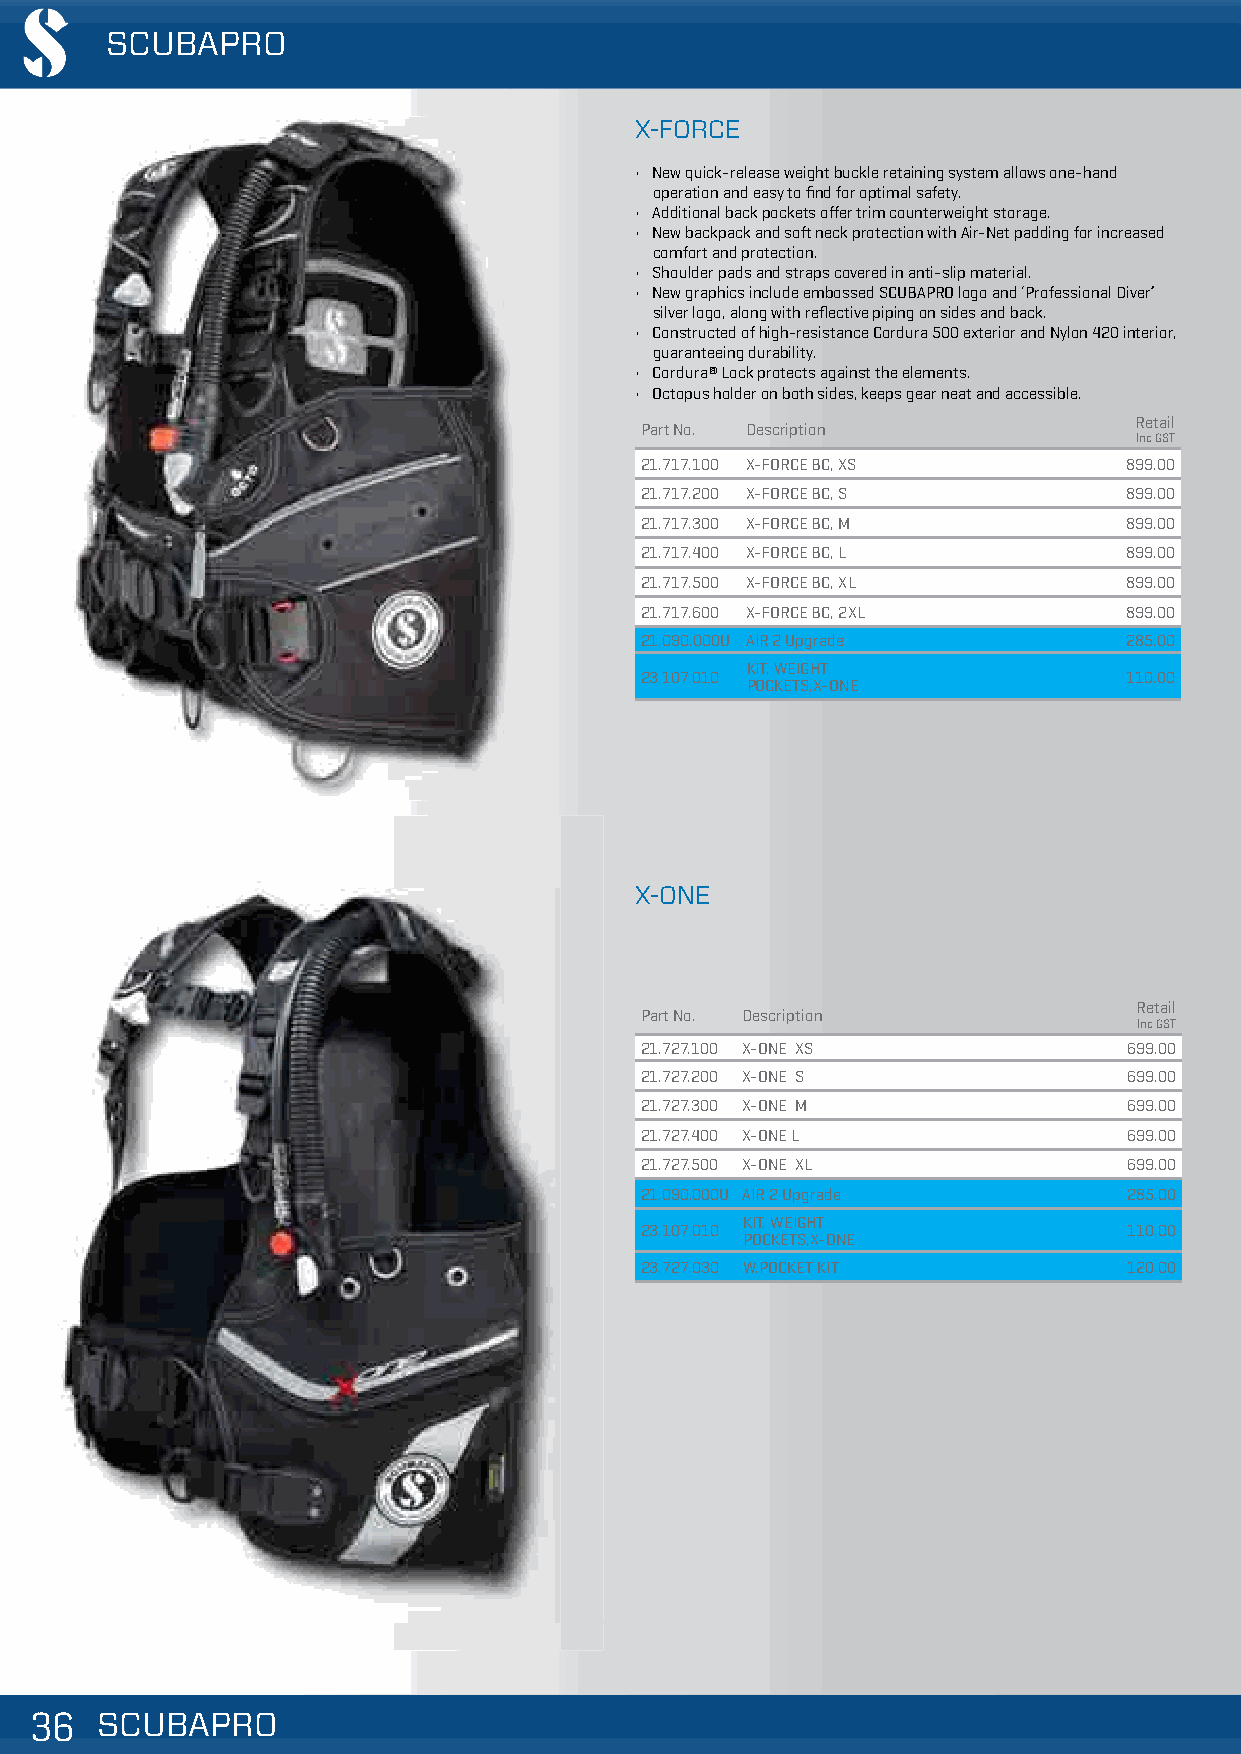
SCUBAPRO
 X-FORCE
 • New quick-release weight buckle retaining system allows one-hand
 operation and easy to find for optimal safety.
 • Additional back pockets offer trim counterweight storage.
 • New backpack and soft neck protection with Air-Net padding for increased
 comfort and protection.
 • Shoulder pads and straps covered in anti-slip material.
 • New graphics include embossed SCUBAPRO logo and ‘Professional Diver’
 silver logo, along with reflective piping on sides and back.
 • Constructed of high-resistance Cordura 500 exterior and Nylon 420 interior,
 guaranteeing durability.
 • Cordura® Lock protects against the elements.
 • Octopus holder on both sides, keeps gear neat and accessible.
 Retail
 Part No. Description
 Inc GST
 21.717.100 X-FORCE BC, XS        899.00
 21.717.200 X-FORCE BC, S         899.00
 21.717.300 X-FORCE BC, M         899.00
 21.717.400 X-FORCE BC, L         899.00
 21.717.500 X-FORCE BC, XL        899.00
 21.717.600 X-FORCE BC, 2XL       899.00
 21.090.000U AIR 2 Upgrade        285.00
 KIT, WEIGHT
 23.107.010                       110.00
 POCKETS,X-ONE
 X-ONE
 Retail
 Part No. Description
 Inc GST
 21.727.100 X-ONE XS              699.00
 21.727.200 X-ONE S               699.00
 21.727.300 X-ONE M               699.00
 21.727.400 X-ONE L               699.00
 21.727.500 X-ONE XL              699.00
 21.090.000U AIR 2 Upgrade        285.00
 KIT, WEIGHT
 23.107.010                       110.00
 POCKETS,X-ONE
 23.727.030 W.POCKET KIT          120.00
 333666 SSSCCCUUUBBBAAAPPPRRROOO                                                     VVaalliidd ffrroomm 0011//1100//22001188 || PPrriicceess aarree ssuubbjjeecctt ttoo cchhaannggee wwiitthhoouutt nnoottiiccee